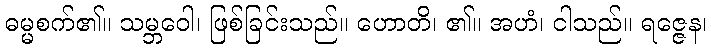
ဓမ္မစက်၏။ သမ္ဘဝေါ၊ ဖြစ်ခြင်းသည်။ ဟောတိ၊ ၏။ အဟံ၊ ငါသည်။ ရဇ္ဇေန၊